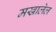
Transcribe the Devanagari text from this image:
मखालेल